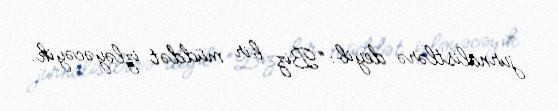
jurnalistlərə deyib: “Biz bir müddət izləyəcəyik.